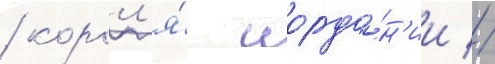
/ корол'я́ иорда́н'ии //